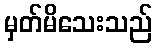
မှတ်မိသေးသည်